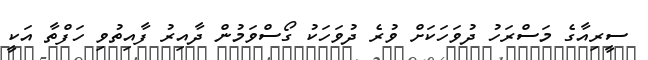
ސީރިއާގެ މަސްރަހު ދުވަހަކަށް ވުރެ ދުވަހަކު ގޯސްވަމުން ދާއިރު ފާއިތުވި ހަފްތާ އަކީ